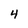
Character: 4